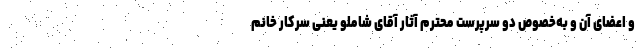
و اعضای آن و به‌خصوص دو سرپرست محترم آثار آقای شاملو یعنی سرکار خانم